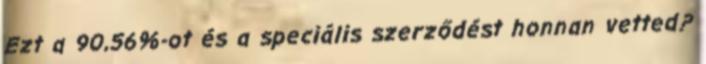
Ezt a 90,56%-ot és a speciális szerződést honnan vetted?